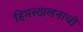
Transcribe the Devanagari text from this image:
हिमस्खलनाची